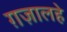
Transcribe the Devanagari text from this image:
ग़ज़ालहे